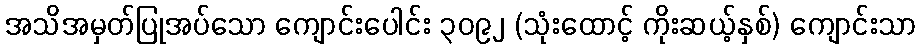
အသိအမှတ်ပြုအပ်သော ကျောင်းပေါင်း ၃၀၉၂ (သုံးထောင့် ကိုးဆယ့်နှစ်) ကျောင်းသာ